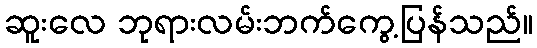
ဆူးလေ ဘုရားလမ်းဘက်ကွေ့ပြန်သည်။